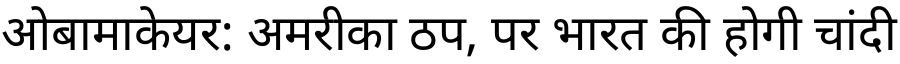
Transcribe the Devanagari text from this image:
ओबामाकेयर: अमरीका ठप, पर भारत की होगी चांदी